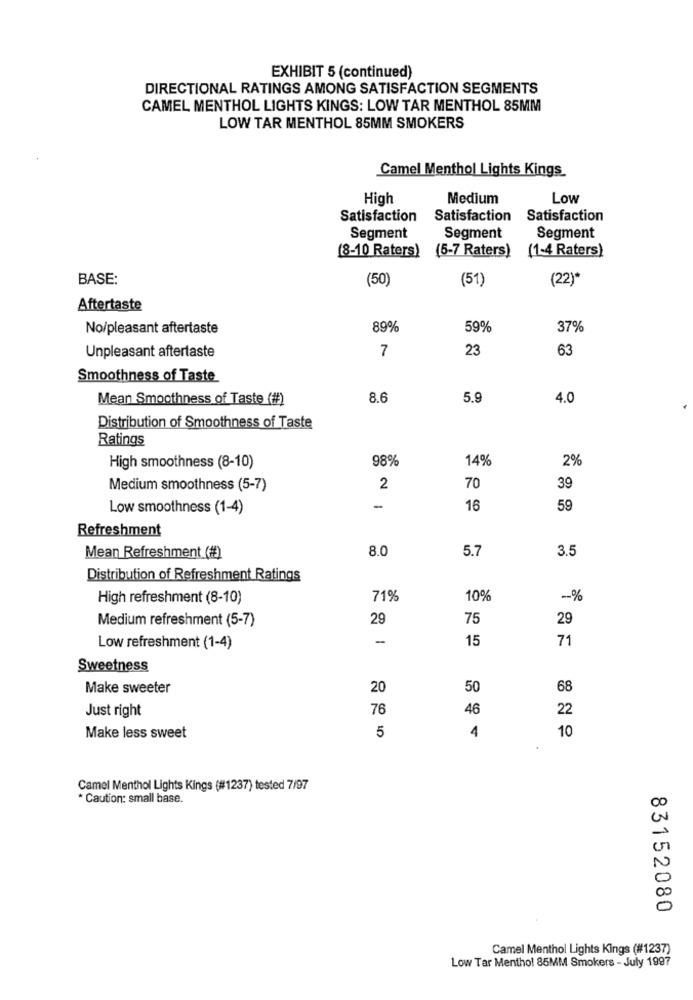
EXHIBIT 5 (continued)
DIRECTIONAL RATINGS AMONG SATISFACTION SEGMENTS
CAMEL MENTHOL LIGHTS KINGS: LOW TAR MENTHOL 85MM
LOW TAR MENTHOL 85MM SMOKERS
Camel Menthol Lights Kings
High
Medium
Low
Satisfaction
Satisfaction
Satisfaction
Segment
Segment
Segment
(8-10 Raters)
(5-7 Raters)
(1-4 Raters)
BASE:
(50)
(51)
(22)*
Aftertaste
No/pleasant aftertaste
89%
59%
37%
Unpleasant aftertaste
7
23
63
Smoothness of Taste
Mean Smoothness of Taste (#)
8.6
5.9
4.0
Distribution of Smoothness of Taste
Ratings
98%
14%
2%
High smoothness (8-10)
Medium smoothness (5-7)
2
70
39
Low smoothness (1-4)
-
16
59
Refreshment
8.0
5.7
3.5
Mean Refreshment (#)
Distribution of Refreshment Ratings
High refreshment (8-10)
71%
10%
-%
Medium refreshment (5-7)
29
75
29
-
15
71
Low refreshment (1-4)
Sweetness
Make sweeter
20
50
68
Just right
76
46
22
4
10
Make less sweet
5
Camel Menthol Lights Kings (#1237) tested 7/97
* Caution: small base.
83152080
Camel Menthol Lights Kings (#1237)
Low Tar Menthol 85MM Smokers - July 1997